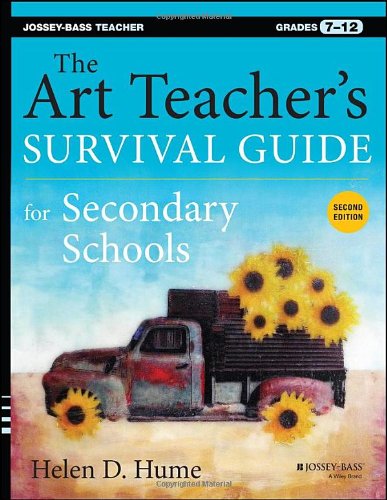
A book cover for The Art Teacher's Survival Guide for Secondary Schools: Grades 7-12; Helen D. Hume; Arts & Photography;